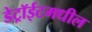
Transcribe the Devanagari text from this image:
डेट्रॉईटमधील